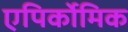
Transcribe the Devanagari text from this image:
एपिर्कोमिक